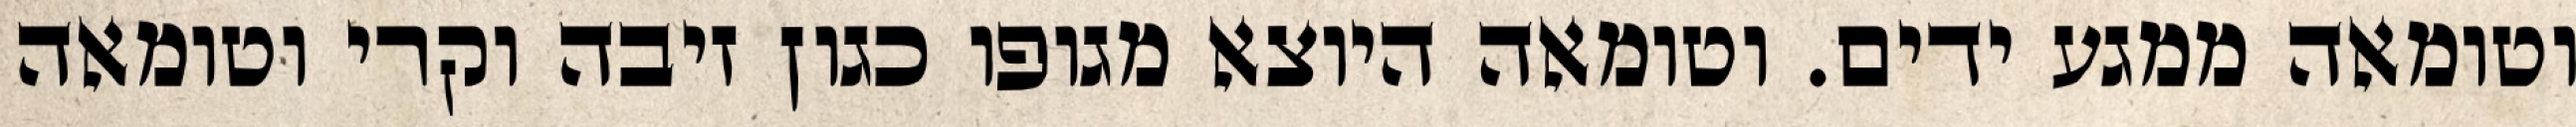
וטומאה ממגע ידים. וטומאה היוצא מגופו כגון זיבה וקרי וטומאה